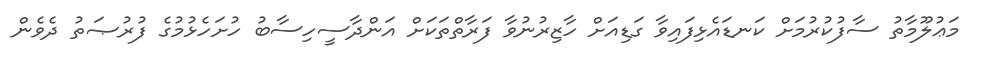
މަޢުލޫމާތު ސާފުކުރުމަށް ކަނޑައެޅިފައިވާ ގަޑިއަށް ހާޒިރުނުވާ ފަރާތްތަކަށް އަންދާސީހިސާބު ހުށަހެޅުމުގެ ފުރުޞަތު ދެވެން